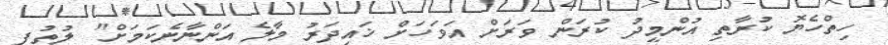
ހިތްހެޔޮ ކުރާތި އުންމީދު ކުރަން ވަރަށް އަވަހަށް ޚައިދަރު މާލެ އަންނާނެކަމަށް" ލުތުފީ